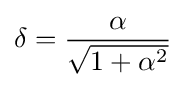
\delta ={\frac {\alpha }{\sqrt {1+\alpha ^{2}}}}